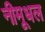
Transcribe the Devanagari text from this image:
नीमूधल